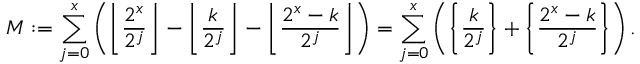
M : = \sum _ { j = 0 } ^ { x } \left( \left\lfloor \frac { 2 ^ { x } } { 2 ^ { j } } \right\rfloor - \left\lfloor \frac { k } { 2 ^ { j } } \right\rfloor - \left\lfloor \frac { 2 ^ { x } - k } { 2 ^ { j } } \right\rfloor \right) = \sum _ { j = 0 } ^ { x } \left( \left\{ \frac { k } { 2 ^ { j } } \right\} + \left\{ \frac { 2 ^ { x } - k } { 2 ^ { j } } \right\} \right) .